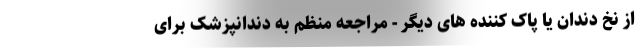
از نخ دندان یا پاک کننده های دیگر - مراجعه منظم به دندانپزشک برای